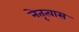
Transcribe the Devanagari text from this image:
नेतृत्वास